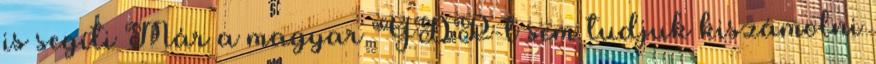
is segíti Már a magyar GDP-t sem tudjuk kiszámolni